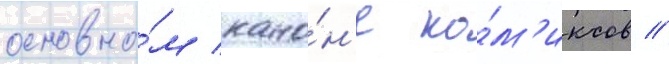
основно́м кано́н'е ко́м'иксов //